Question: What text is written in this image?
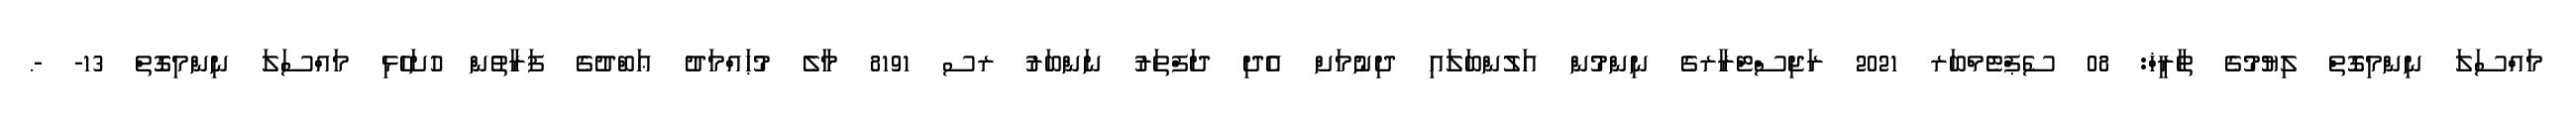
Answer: މައްސަލަ ނިންމިގޮތް ލިޔުމުގެ ތާރީޚް: 08 ސެޕްޓެމްބަރ 2021 ރަޖިސްޓްރާރގެ ނިންމުން އަލުންބަލައި ދިނުމަށް އެދި ދަފްތަރު ނަންބަރު ރސ 8191 މާލެ މުޙައްމަދު ޢަބްދުގެ ފަރާތުން ހުށަހެޅި މައްސަލަ ނިންމިގޮތް 13- -.